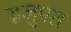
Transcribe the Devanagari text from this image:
ग़्रजुएत